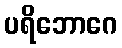
ပရိဘောဂေ